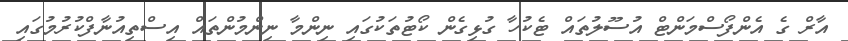
އާރް ގެ އެންފޯސްމަންޓް އުސޫލުތައް ޓެކުހާ ގުޅިގެން ކޯޓުތަކުގައި ނިންމާ ނިންމުންތައް އިސްތިއުނާފްކުރުމުގައި